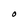
Character: O